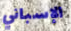
الإسباني